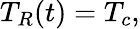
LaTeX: T_{R}(t)=T_{c},